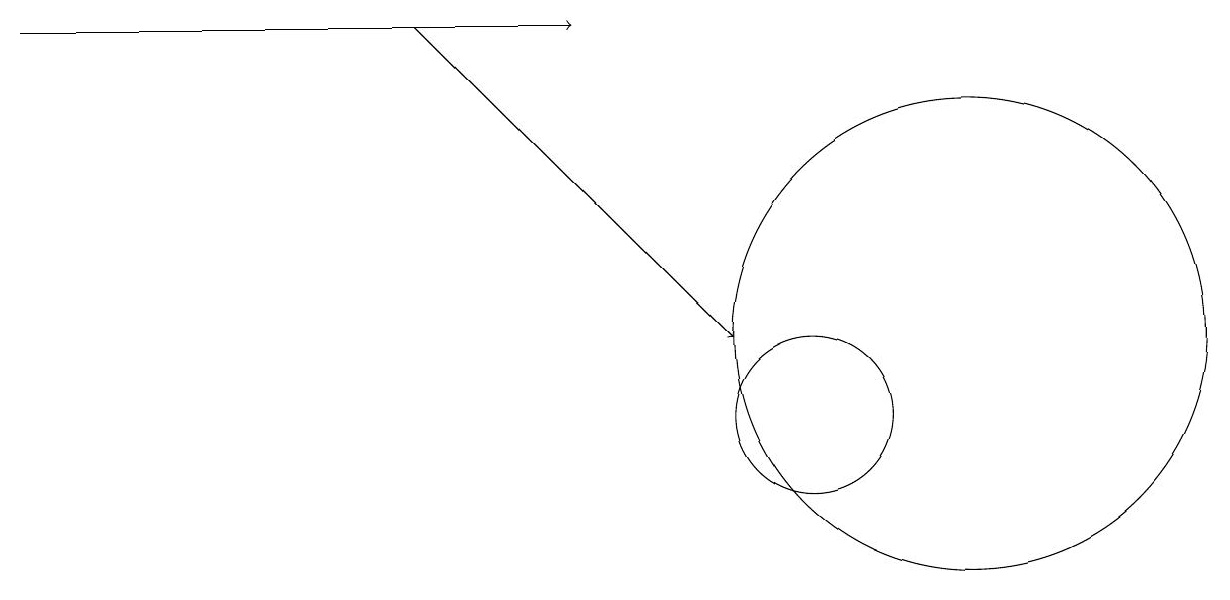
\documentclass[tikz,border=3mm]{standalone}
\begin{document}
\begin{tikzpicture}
\draw[->] (5,15) -- (9,11);
\draw (10,10) circle (1);
\draw[->] (0,15) -- (7,15);
\draw (12,11) circle (3);
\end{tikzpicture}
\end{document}